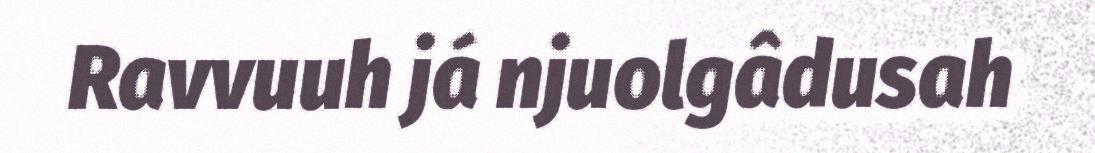
Ravvuuh já njuolgâdusah